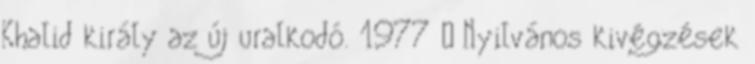
Khalid király az új uralkodó. 1977 – Nyilvános kivégzések